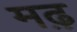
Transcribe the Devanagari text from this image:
मढ़़